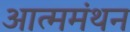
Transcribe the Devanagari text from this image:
आत्ममंथन